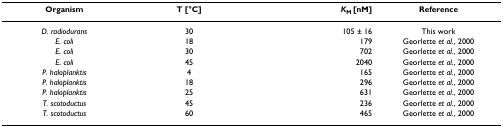
| Organism | T [°C] | KM [nM] | Reference |
 | --- | --- | --- | --- |
 | D. radiodurans | 30 | 105 ± 16 | This work |
 | E. coli | 18 | 179 | Georlette et al., 2000 |
 | E. coli | 30 | 702 | Georlette et al., 2000 |
 | E. coli | 45 | 2040 | Georlette et al., 2000 |
 | P. haloplanktis | 4 | 165 | Georlette et al., 2000 |
 | P. haloplanktis | 18 | 296 | Georlette et al., 2000 |
 | P. haloplanktis | 25 | 631 | Georlette et al., 2000 |
 | T. scotoductus | 45 | 236 | Georlette et al., 2000 |
 | T. scotoductus | 60 | 465 | Georlette et al., 2000 |